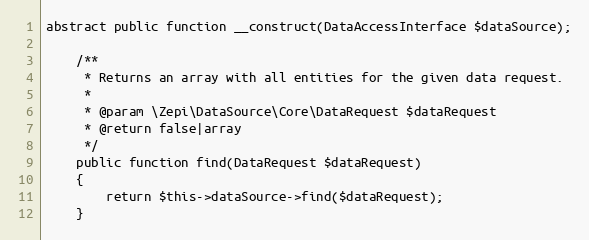
Language: PHP
abstract public function __construct(DataAccessInterface $dataSource);

    /**
     * Returns an array with all entities for the given data request.
     *
     * @param \Zepi\DataSource\Core\DataRequest $dataRequest
     * @return false|array
     */
    public function find(DataRequest $dataRequest)
    {
        return $this->dataSource->find($dataRequest);
    }